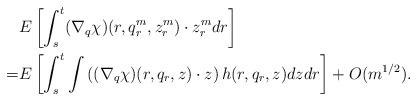
LaTeX: \begin{align*}&E\left[\int_s^t(\nabla_q\chi)(r,q_r^m,z_r^m)\cdot z_r^m dr\right]\\=&E\left[\int_s^t \int \left((\nabla_q\chi)(r,q_r,z)\cdot z\right) h(r,q_r,z)dzdr\right]+O(m^{1/2}).\end{align*}